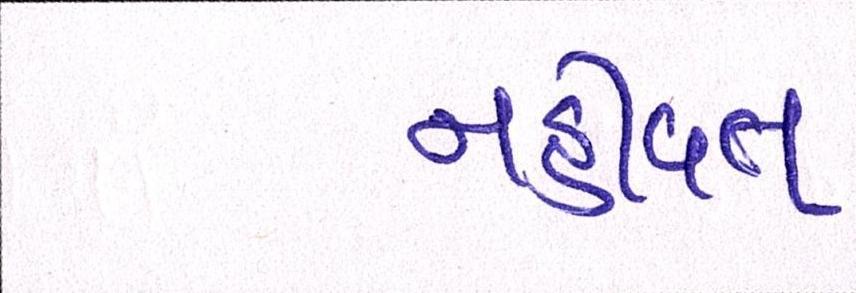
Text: નહીંવત